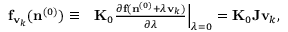
\begin{array} { r l } { { \bf f } _ { { \bf v } _ { k } } ( { \bf n } ^ { ( 0 ) } ) \equiv } & { { } { \bf K } _ { 0 } \frac { \partial { \bf f } ( { \bf n } ^ { ( 0 ) } + \lambda { \bf v } _ { k } ) } { \partial \lambda } \Big \vert _ { \lambda = 0 } = { \bf K } _ { 0 } { \bf J } { \bf v } _ { k } , } \end{array}